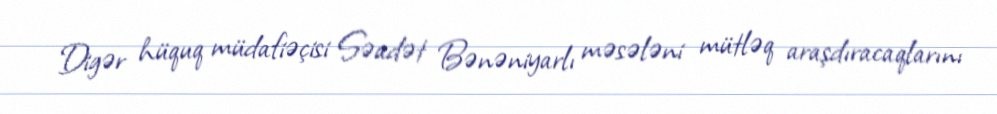
Digər hüquq müdafiəçisi Səadət Bənəniyarlı məsələni mütləq araşdıracaqlarını